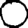
Digit: 0